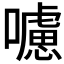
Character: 𡃖